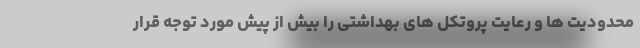
محدودیت ها و رعایت پروتکل های بهداشتی را بیش از پیش مورد توجه قرار